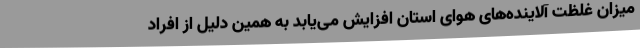
میزان غلظت آلاینده‌های هوای استان افزایش می‌یابد به همین دلیل از افراد